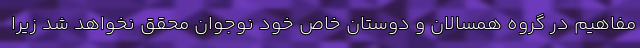
مفاهیم در گروه همسالان و دوستان خاص خود نوجوان محقق نخواهد شد زیرا